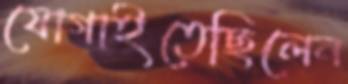
যোগাইতেছিলেন